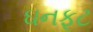
ઘનફૂટ